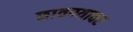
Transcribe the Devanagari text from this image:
छावण्यावर